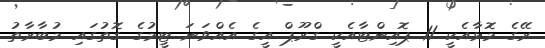
ރޭގެ މޮޅާއެކީ 11 ޕޮއިންޓާއެކީ ގްރޫޕް އީގެ އެއްވަނަ ޓީމުގެ ގޮތުގައި މުބާރާތު